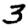
Digit: 3